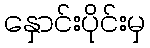
နှောင်းပိုင်းမှ